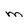
Character: M